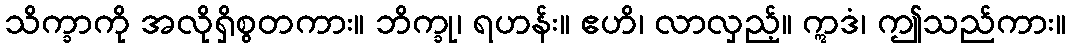
သိက္ခာကို အလိုရှိစွတကား။ ဘိက္ခု၊ ရဟန်း။ ဧဟိ၊ လာလှည့်။ ဣဒံ၊ ဤသည်ကား။